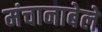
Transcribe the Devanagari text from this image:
मंचानाबेले